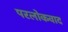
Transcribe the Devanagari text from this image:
परलोकवाद